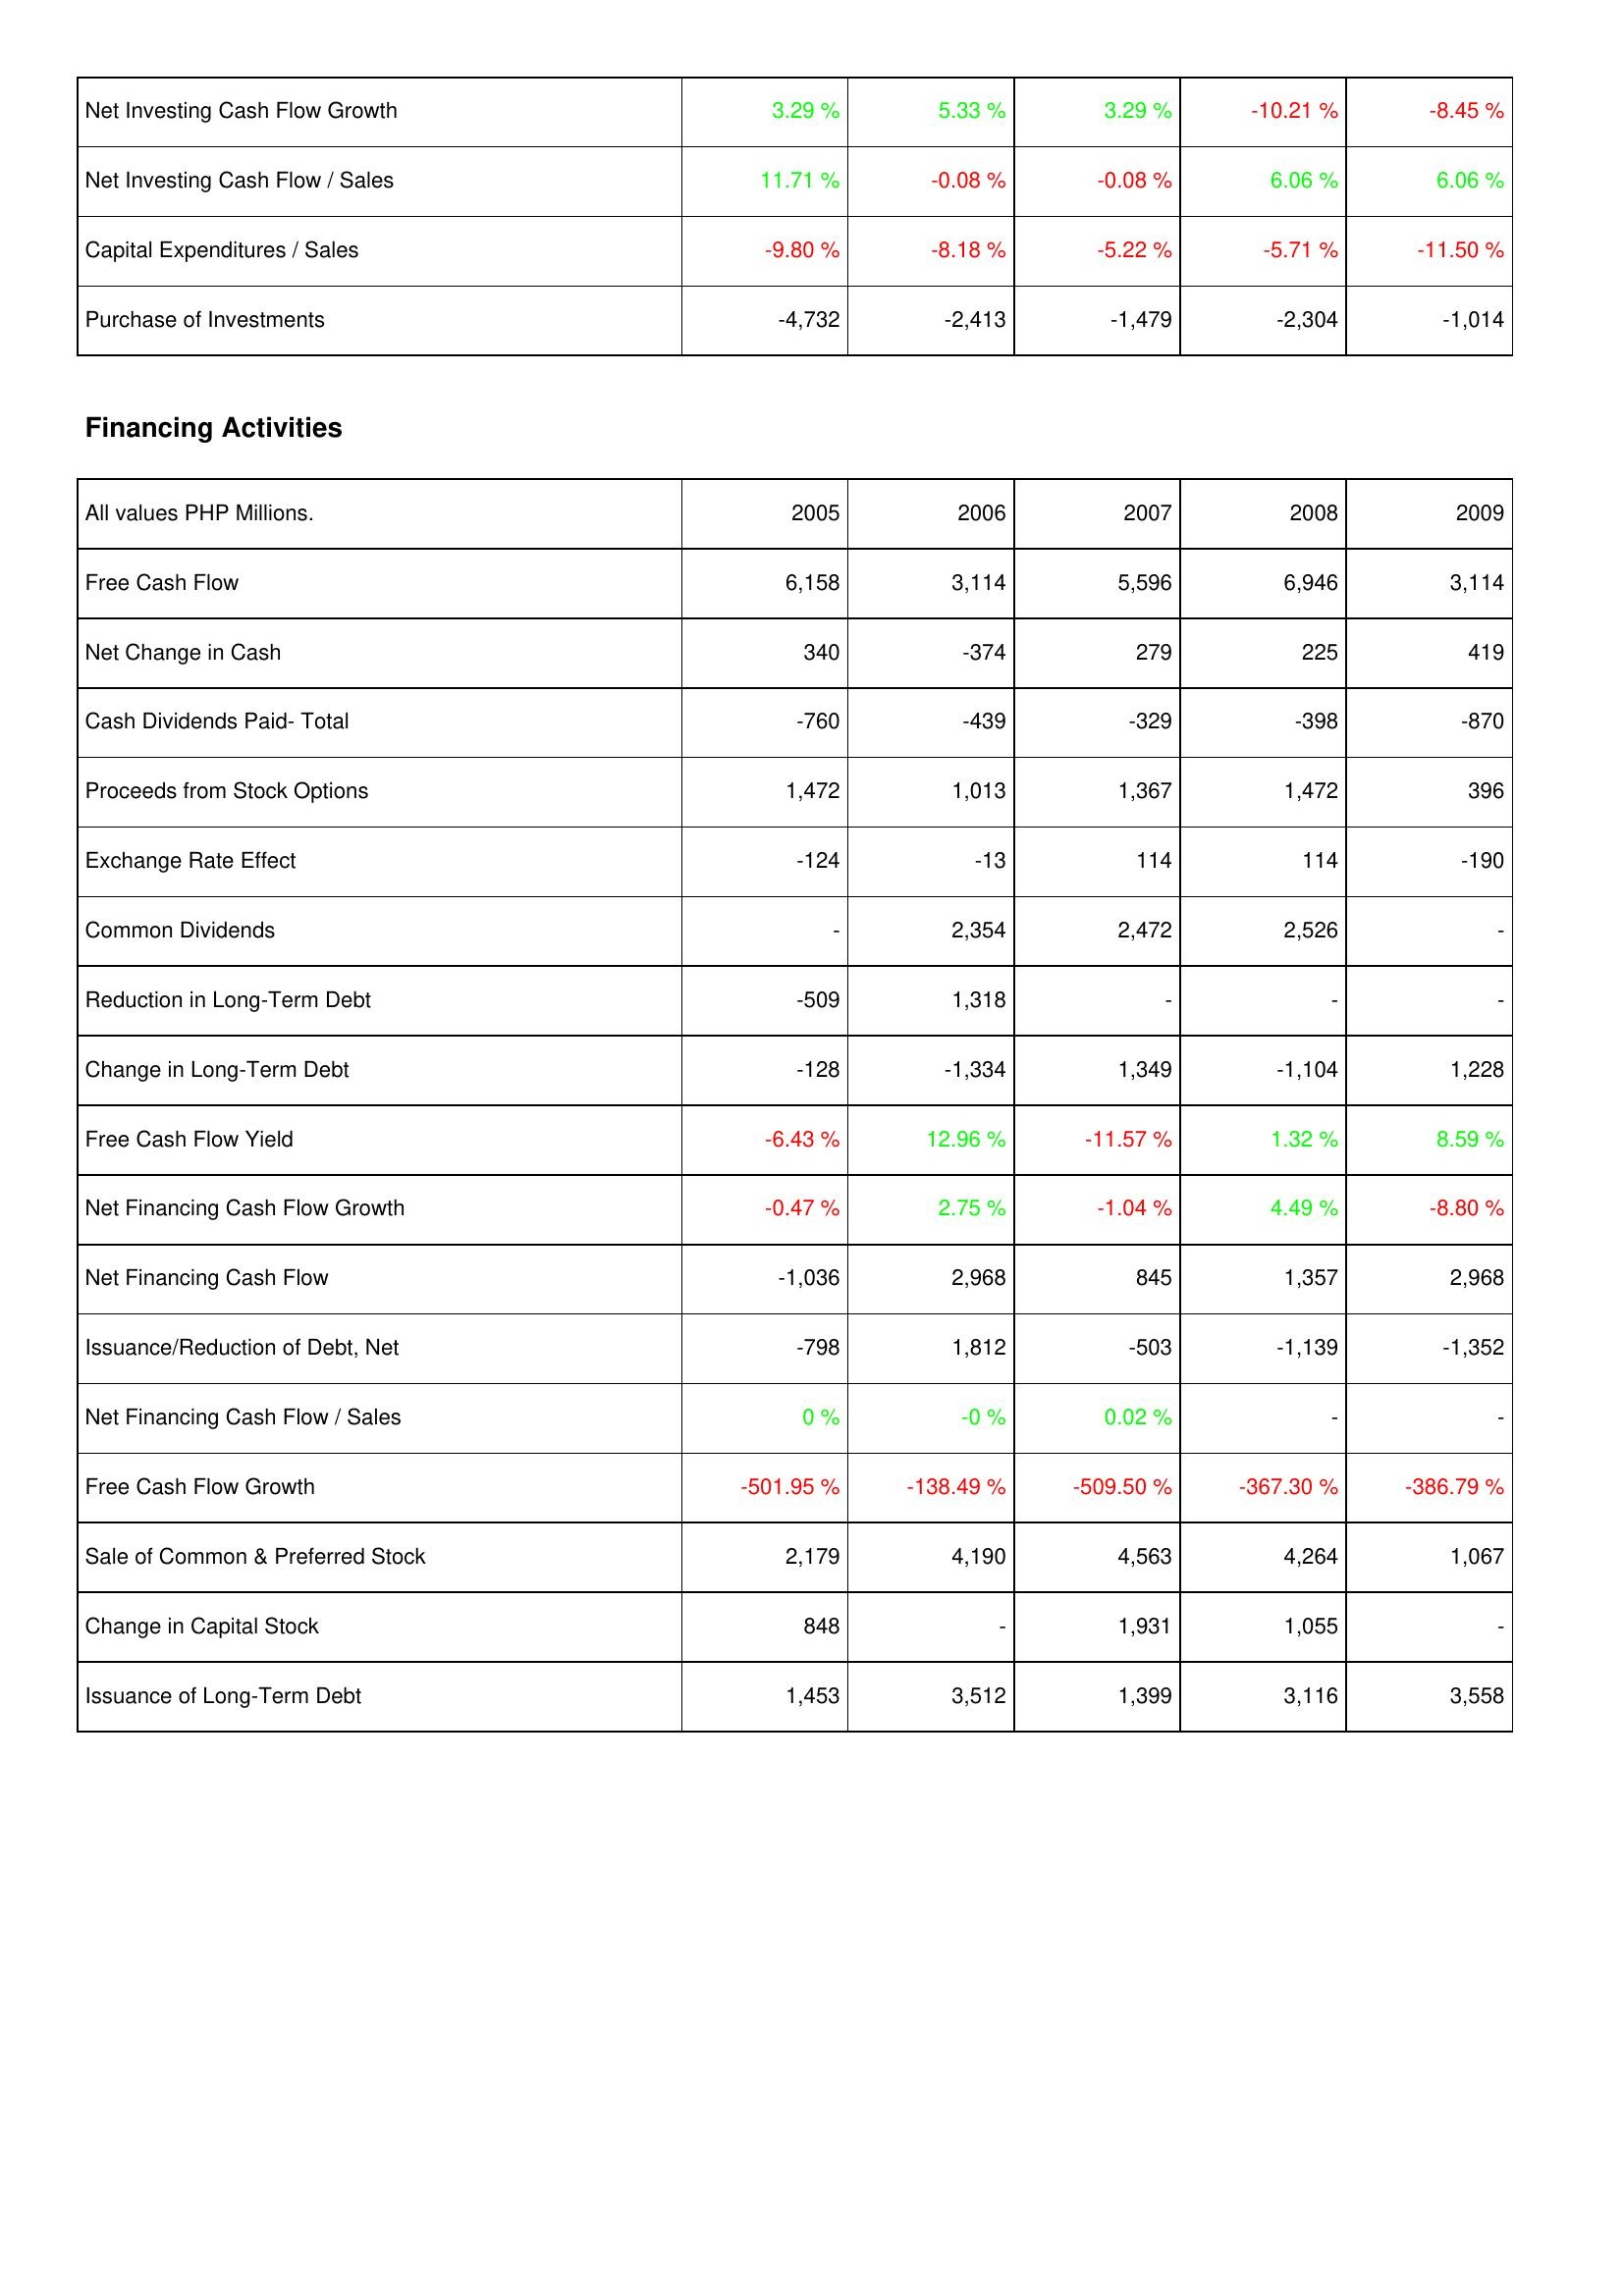
2005: Investing Activities: Net Investing Cash Flow Growth: 3.29 %
Net Investing Cash Flow / Sales: 11.71 %
Capital Expenditures / Sales: -9.80 %
Purchase of Investments: -4,732
Financing Activities: Free Cash Flow: 6,158
Net Change in Cash: 340
Cash Dividends Paid- Total: -760
Proceeds from Stock Options: 1,472
Exchange Rate Effect: -124
Common Dividends: -
Reduction in Long-Term Debt: -509
Change in Long-Term Debt: -128
Free Cash Flow Yield: -6.43 %
Net Financing Cash Flow Growth: -0.47 %
Net Financing Cash Flow: -1,036
Issuance/Reduction of Debt, Net: -798
Net Financing Cash Flow / Sales: 0 %
Free Cash Flow Growth: -501.95 %
Sale of Common & Preferred Stock: 2,179
Change in Capital Stock: 848
Issuance of Long-Term Debt: 1,453
2006: Investing Activities: Net Investing Cash Flow Growth: 5.33 %
Net Investing Cash Flow / Sales: -0.08 %
Capital Expenditures / Sales: -8.18 %
Purchase of Investments: -2,413
Financing Activities: Free Cash Flow: 3,114
Net Change in Cash: -374
Cash Dividends Paid- Total: -439
Proceeds from Stock Options: 1,013
Exchange Rate Effect: -13
Common Dividends: 2,354
Reduction in Long-Term Debt: 1,318
Change in Long-Term Debt: -1,334
Free Cash Flow Yield: 12.96 %
Net Financing Cash Flow Growth: 2.75 %
Net Financing Cash Flow: 2,968
Issuance/Reduction of Debt, Net: 1,812
Net Financing Cash Flow / Sales: -0 %
Free Cash Flow Growth: -138.49 %
Sale of Common & Preferred Stock: 4,190
Change in Capital Stock: -
Issuance of Long-Term Debt: 3,512
2007: Investing Activities: Net Investing Cash Flow Growth: 3.29 %
Net Investing Cash Flow / Sales: -0.08 %
Capital Expenditures / Sales: -5.22 %
Purchase of Investments: -1,479
Financing Activities: Free Cash Flow: 5,596
Net Change in Cash: 279
Cash Dividends Paid- Total: -329
Proceeds from Stock Options: 1,367
Exchange Rate Effect: 114
Common Dividends: 2,472
Reduction in Long-Term Debt: -
Change in Long-Term Debt: 1,349
Free Cash Flow Yield: -11.57 %
Net Financing Cash Flow Growth: -1.04 %
Net Financing Cash Flow: 845
Issuance/Reduction of Debt, Net: -503
Net Financing Cash Flow / Sales: 0.02 %
Free Cash Flow Growth: -509.50 %
Sale of Common & Preferred Stock: 4,563
Change in Capital Stock: 1,931
Issuance of Long-Term Debt: 1,399
2008: Investing Activities: Net Investing Cash Flow Growth: -10.21 %
Net Investing Cash Flow / Sales: 6.06 %
Capital Expenditures / Sales: -5.71 %
Purchase of Investments: -2,304
Financing Activities: Free Cash Flow: 6,946
Net Change in Cash: 225
Cash Dividends Paid- Total: -398
Proceeds from Stock Options: 1,472
Exchange Rate Effect: 114
Common Dividends: 2,526
Reduction in Long-Term Debt: -
Change in Long-Term Debt: -1,104
Free Cash Flow Yield: 1.32 %
Net Financing Cash Flow Growth: 4.49 %
Net Financing Cash Flow: 1,357
Issuance/Reduction of Debt, Net: -1,139
Net Financing Cash Flow / Sales: -
Free Cash Flow Growth: -367.30 %
Sale of Common & Preferred Stock: 4,264
Change in Capital Stock: 1,055
Issuance of Long-Term Debt: 3,116
2009: Investing Activities: Net Investing Cash Flow Growth: -8.45 %
Net Investing Cash Flow / Sales: 6.06 %
Capital Expenditures / Sales: -11.50 %
Purchase of Investments: -1,014
Financing Activities: Free Cash Flow: 3,114
Net Change in Cash: 419
Cash Dividends Paid- Total: -870
Proceeds from Stock Options: 396
Exchange Rate Effect: -190
Common Dividends: -
Reduction in Long-Term Debt: -
Change in Long-Term Debt: 1,228
Free Cash Flow Yield: 8.59 %
Net Financing Cash Flow Growth: -8.80 %
Net Financing Cash Flow: 2,968
Issuance/Reduction of Debt, Net: -1,352
Net Financing Cash Flow / Sales: -
Free Cash Flow Growth: -386.79 %
Sale of Common & Preferred Stock: 1,067
Change in Capital Stock: -
Issuance of Long-Term Debt: 3,558